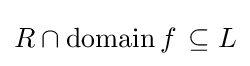
R\cap \operatorname {domain} f\,\subseteq L